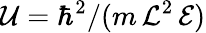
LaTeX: {{\mathcal U}=\hbar^{2}/(m\, \mathcal L^{2}\, \mathcal E)}